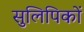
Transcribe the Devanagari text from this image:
सुलिपिकों